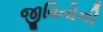
જીવિતોની